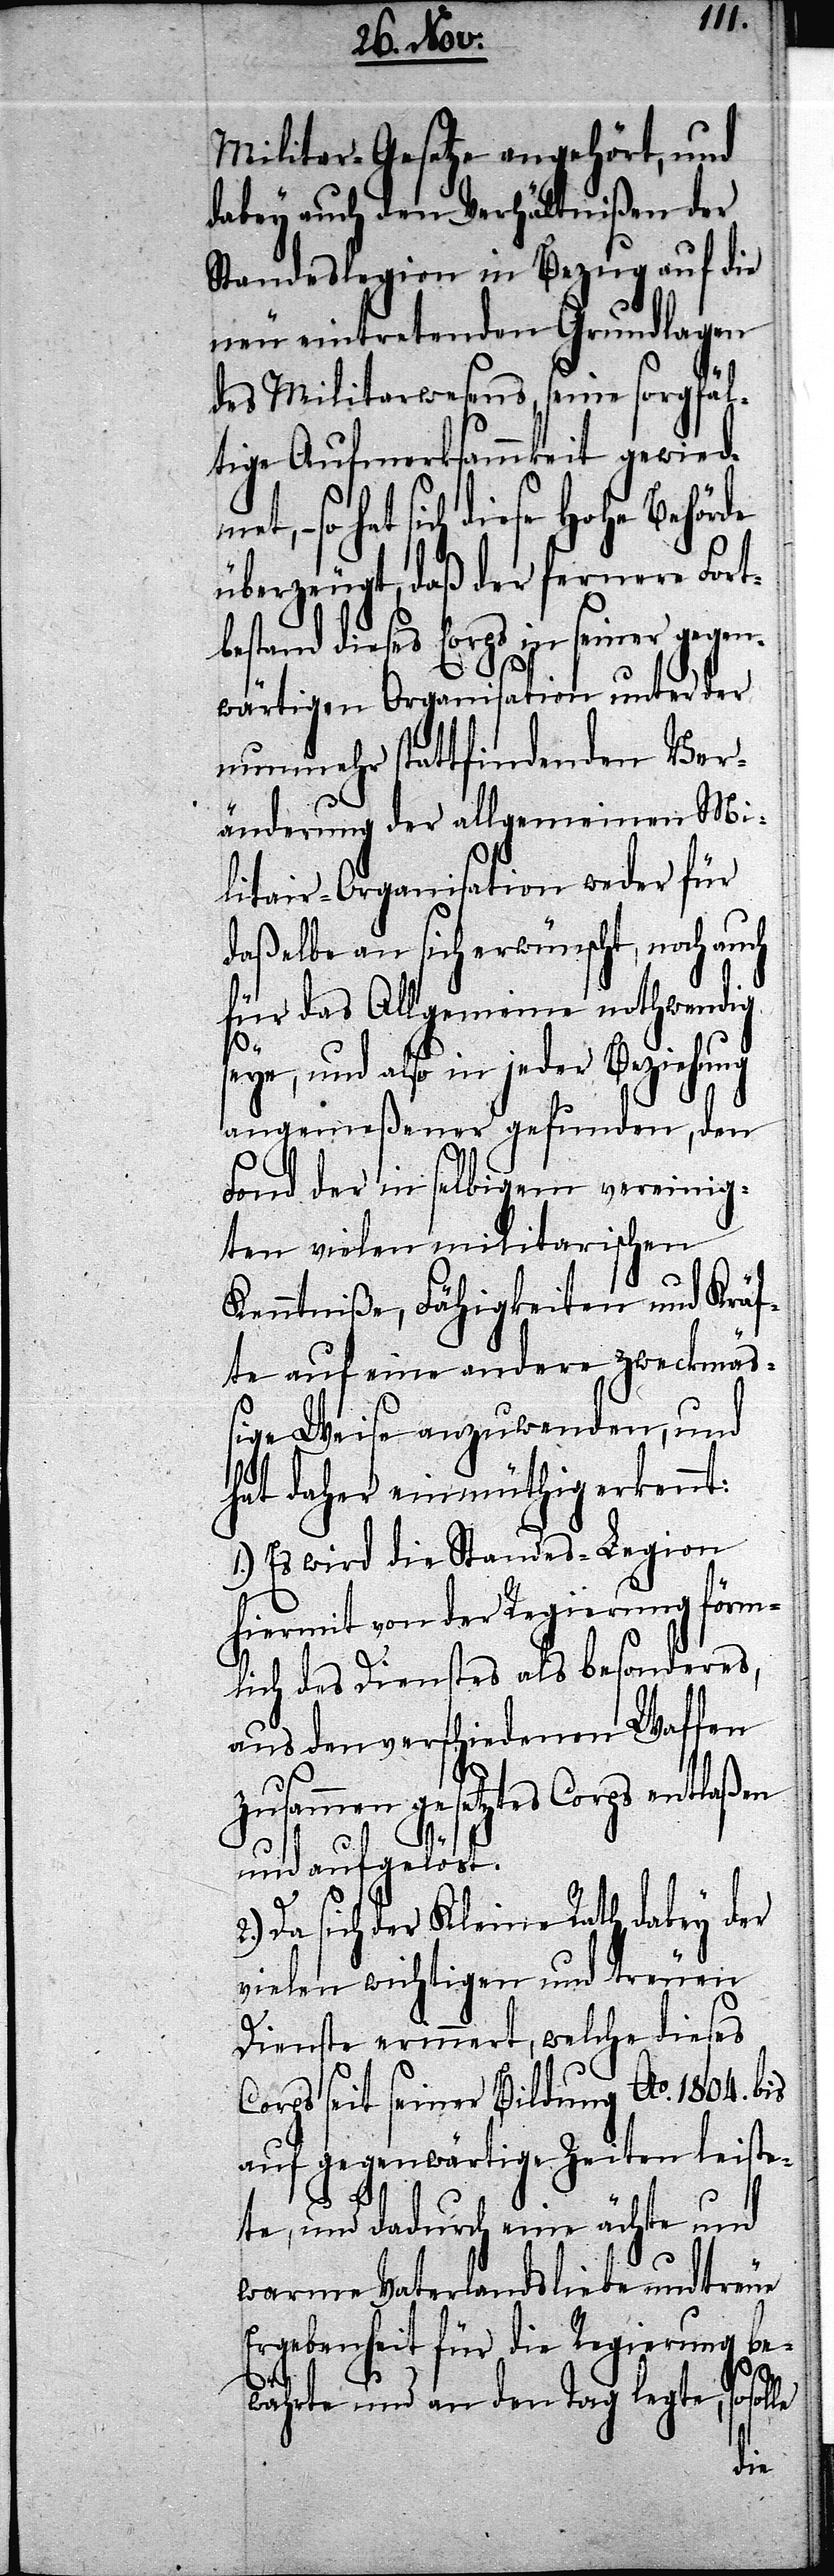
Militar-Gesetze angehört, und
dabey auch den Verhältnißen der
Standeslegion in Bezug auf die
neu eintretenden Grundlagen
des Militarwesens, seine sorgfäl¬
tige Aufmerksamkeit gewied¬
so hat sich diese Hohe Behörde
überzeugt, daß der fernere Fort¬
bestand dieses Corps in seiner gegen¬
wärtigen Organisation unter der
nunmehr stattfindenden Ver¬
änderung der allgemeinen Mi¬
litair-Organisation weder für
daßelbe an sich erwünscht, noch auch
für das Allgemeine nothwendig
eye, und also in jeder Beziehung
angemeßener gefunden, den
Fond der in selbigem vereinig¬
ten vielen militarischen
Kenntniße, Fähigkeiten und Kräf¬
te auf eine andere zweckmä¬
ßige Weise anzuwenden, und
hat daher einmüthig erkennt:
1.) Es wird die Standes-Legion
hiermit von der Regierung förm¬
lich des Dienstes als besonderes,
aus den verschiedenen Waffen
zusammen gesetztes Corps entlaßen
und aufgelöst.
Da sich der Kleine Rath dabey der
vielen wichtigen und treuen
Dienste erinnert, welche dieses
Corps seit seiner Bildung Ao. 1804. bis
auf gegenwärtige Zeiten leiste¬
te, und dadurch eine ächte und
warme Vaterlandsliebe und treue
Ergebenheit für die Regierung be¬
währte und an den Tag legte, so so¬
lle